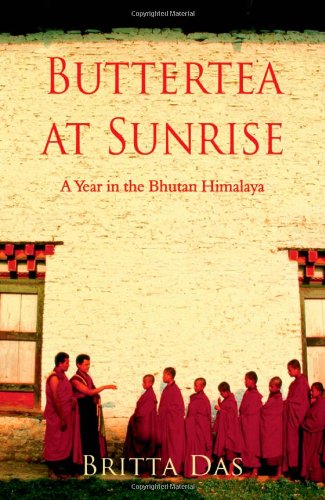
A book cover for Butter Tea at Sunrise: A Year in the Bhutan Himalaya; Britta Das; Travel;